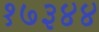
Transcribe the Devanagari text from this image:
१७३४४